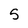
Character: 5